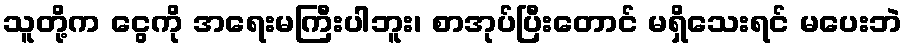
သူတို့က ငွေကို အရေးမကြီးပါဘူး၊ စာအုပ်ပြီးတောင် မရှိသေးရင် မပေးဘဲ